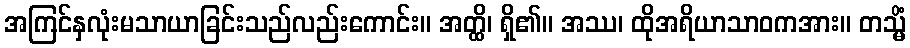
အကြင်နှလုံးမသာယာခြင်းသည်လည်းကောင်း။ အတ္ထိ၊ ရှိ၏။ အဿ၊ ထိုအရိယာသာဝကအား။ တသ္မိံ